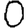
Digit: 0